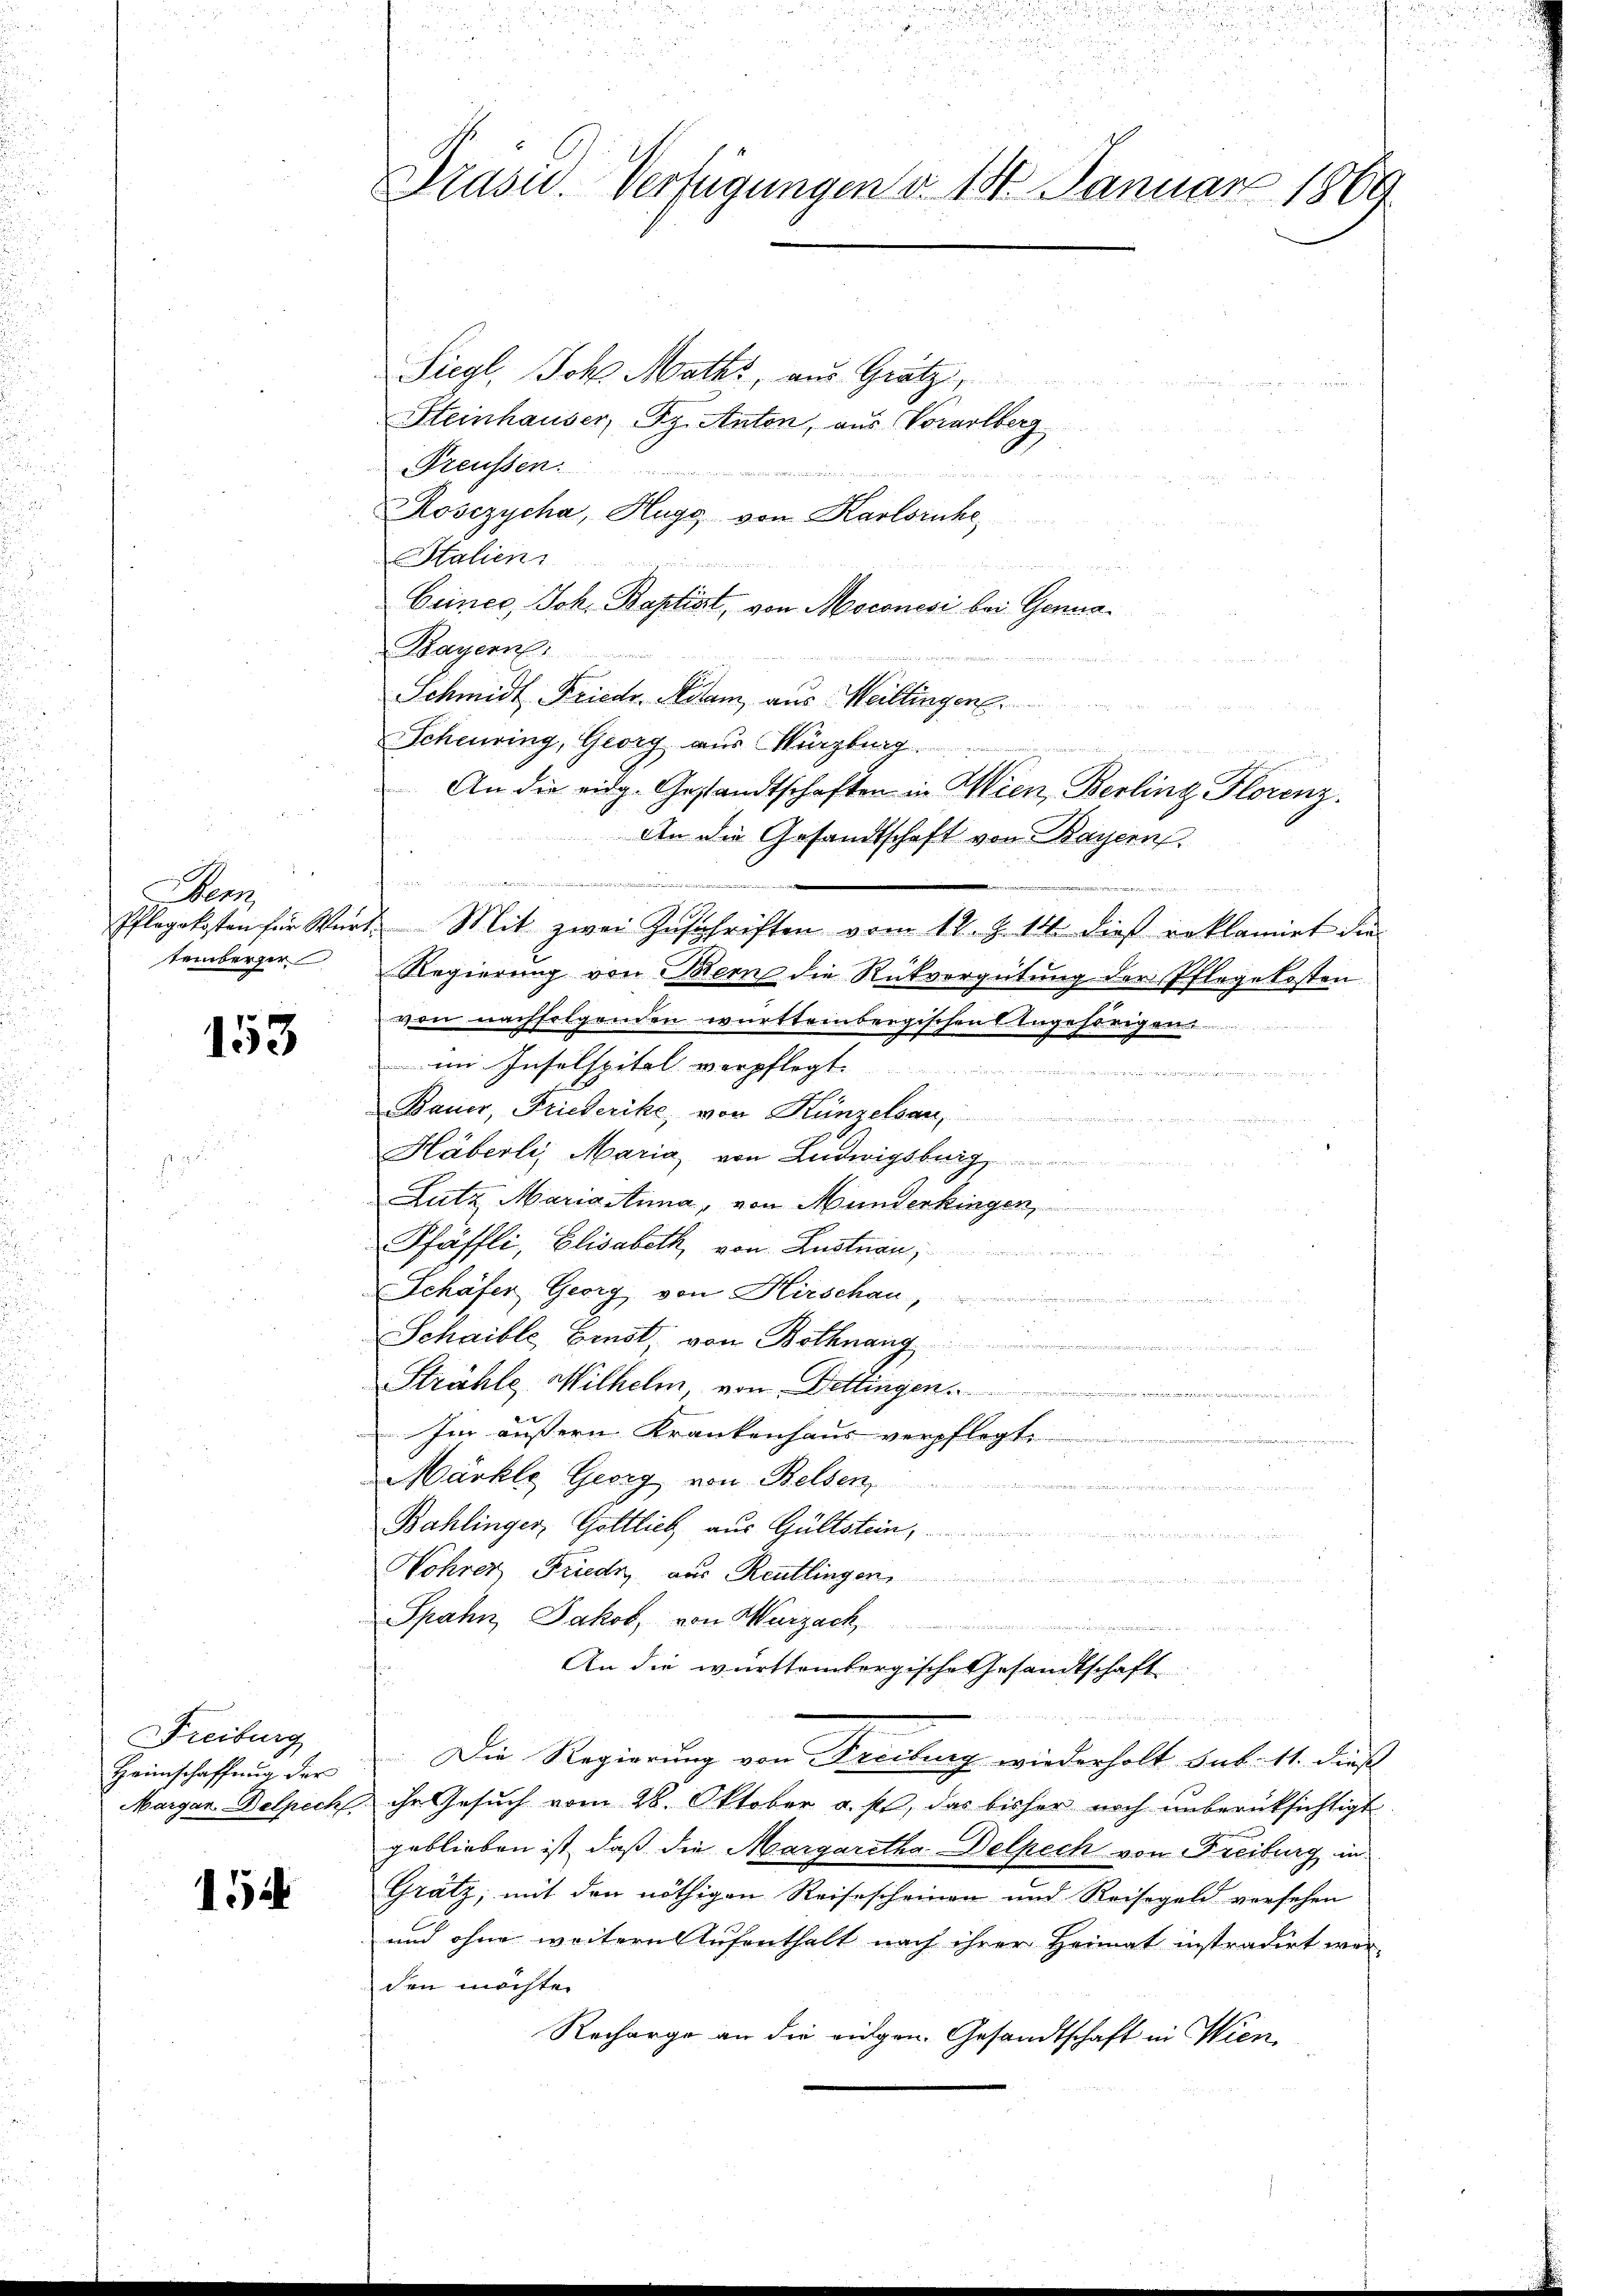
¬
Manz

153

Siegl, Joh. Maths, aus Gratz,
Meinhauser, Pz. Anton, aus Vorarlberg
Preussen.
Rosezycha, Hugg von Karlsruhe,
Htalien
m
Criner, Joh. Baptist, von Moconesi bei Genua¬
Bayern
Schmidt. Friedr. Rotam, aus Weillingen.
Scheuring, Georg aus Würzburg
An die eidg. Gestandtschaften in Wien, Berling Florenz.
An die Gesandtschaft von Bayern.

Pflegekosten für Wert. Mit zwei Zŭschriften vom 12. Z. 14. dies reklamiet die
temberger Regierung von Bern die Rückvergütung der Pflegekosten.
von nachfolgenden württembergischen Ungestrigen
im Inselspitel verpflegt.

Bauer, Friederike, von Künzelsau,

Häberli, Maria von Ludwigsburg
ig
Lutz Maria Anna, von Munderkingen,
Pfäffli, Elisabeth, von Lustnan
Schäfer Georg von Hirschau,
Schaible, Ernst von Bothnang
Strähle Wilhelm von Dellingen
d
Im äussern Krankenhaus verpflegte

Märkte Georg von Belsen,
we war eine
Bahlinger, Göttlich aus Gültstein,
Hohrer Friedr aus Reutlinger
Spahn, Jakob, von Murzack
An die württembergische Gesandtschaft
ependienen
Freiburg
Heimschaffung der Die Regierung von Freibung wiederholt sub. 11. dieß
Margan Delpech ihr Gesuch vom 28. Oktober a. p., das bisher noch unberücksichtigt
geblieben ist, daß die Margaretha Delpech von Freiburg in
Gratz, mit den nöthigen Reisescheinen und Reisegeld versehen
154
und ohne weitern Aufenthalt nach ihrer Heimat instradirt wor-
den möchte.
Recharge an die eidgen. Gesandtschaft in Wien,

Präsid.. Verfügungen d. 131. Januar 1869

u